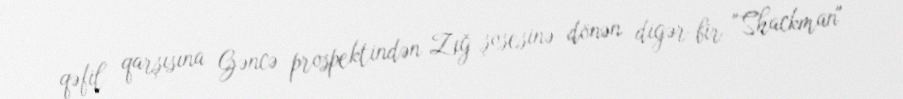
qəfil qarşısına Gəncə prospektindən Zığ şosesinə dönən digər bir "Shackman"